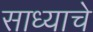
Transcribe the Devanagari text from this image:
साध्याचे